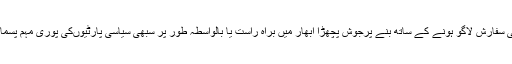
اس دور یعنی منڈل کمیشن کی سفارش لاگو ہونے کے ساتھ بنے پرجوش پچھڑا ابھار میں براہ راست یا بالواسطہ طور پر سبھی سیاسی پارٹیوںکی پوری مہم پسماندہ پر مرکوز ہوتی رہی ہے۔